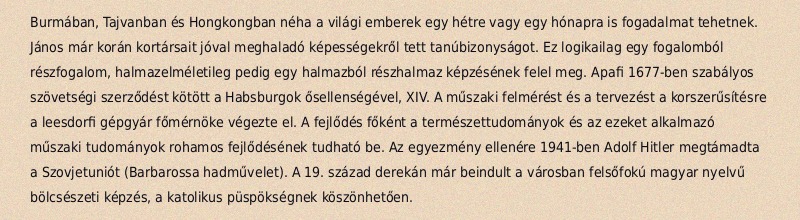
Burmában, Tajvanban és Hongkongban néha a világi emberek egy hétre vagy egy hónapra is fogadalmat tehetnek. János már korán kortársait jóval meghaladó képességekről tett tanúbizonyságot. Ez logikailag egy fogalomból részfogalom, halmazelméletileg pedig egy halmazból részhalmaz képzésének felel meg. Apafi 1677-ben szabályos szövetségi szerződést kötött a Habsburgok ősellenségével, XIV. A műszaki felmérést és a tervezést a korszerűsítésre a leesdorfi gépgyár főmérnöke végezte el. A fejlődés főként a természettudományok és az ezeket alkalmazó műszaki tudományok rohamos fejlődésének tudható be. Az egyezmény ellenére 1941-ben Adolf Hitler megtámadta a Szovjetuniót (Barbarossa hadművelet). A 19. század derekán már beindult a városban felsőfokú magyar nyelvű bölcsészeti képzés, a katolikus püspökségnek köszönhetően.